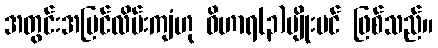
အတွင်းအပြင်လိမ်းကျံဟု ဝိဟာရ(၃)မျိုးပင် ဖြစ်သည်။